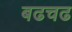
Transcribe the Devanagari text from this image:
बढचढ